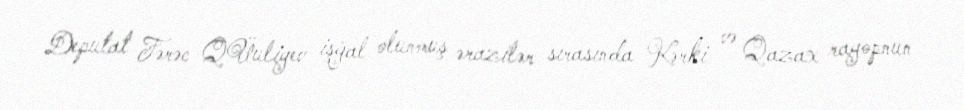
Deputat Fərəc QÜuliyev işğal olunmuş ərazilər sırasında Kərki və Qazax rayopnun